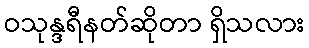
ဝသုန္ဒရီနတ်ဆိုတာ ရှိသလား